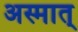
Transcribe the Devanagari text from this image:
अस्मात्‌